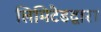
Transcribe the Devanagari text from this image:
लिमिटेडद्वारा